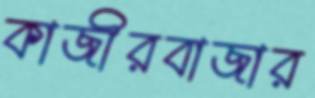
কাজীরবাজার